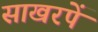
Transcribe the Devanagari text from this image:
साखरपें